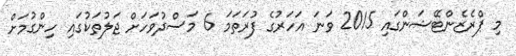
މި ޕްރެޒެންޓޭޝަންގައި 2015 ވަނަ އަހަރުގެ ފުރަތަމަ 6 މަސްދުވަހަށް ޖަލުތަކުގައި ހިންގުމަށް